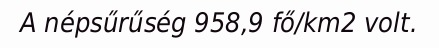
A népsűrűség 958,9 fő/km2 volt.